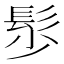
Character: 䯯